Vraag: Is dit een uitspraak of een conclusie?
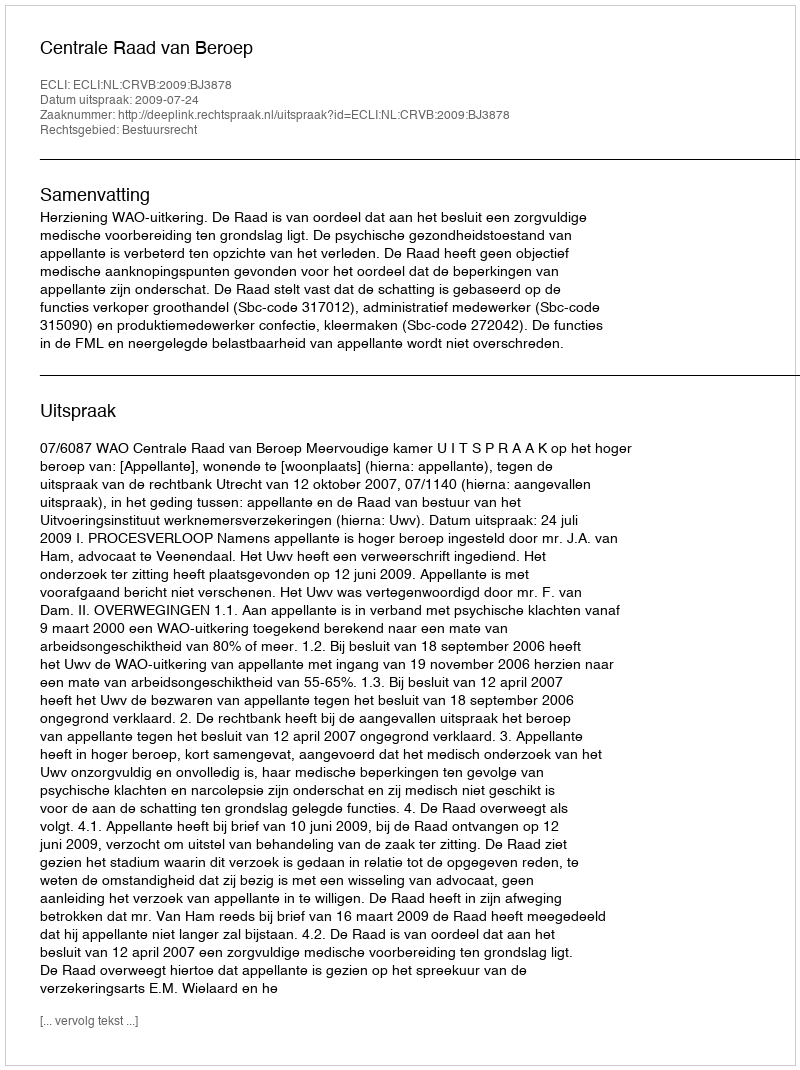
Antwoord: Uitspraak